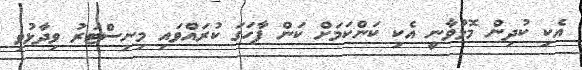
އެކި ކުދިން މޮޅުވާނީ އެކި ކަންކަމަށް ކަން ފާހަގަ ކުރައްވައި މިނިސްޓަރު ވިދާޅުވި